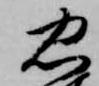
忠